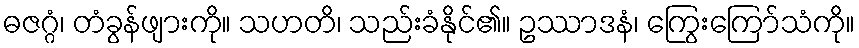
ဓဇဂ္ဂံ၊ တံခွန်ဖျားကို။ သဟတိ၊ သည်းခံနိုင်၏။ ဥဿာဒနံ၊ ကြွေးကြော်သံကို။